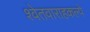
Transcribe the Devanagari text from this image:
श्वेतवाराहकल्पे